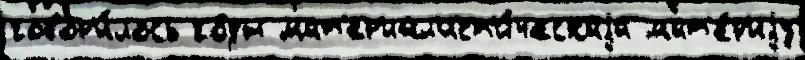
говор'и́лось го́ды мат'ер'иал'ист'и́ческаjа мат'е́р'иjу